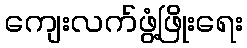
ကျေးလက်ဖွံ့ဖြိုးရေး